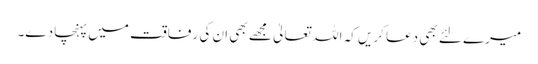
میرے لئے بھی دعا کریں کہ اللہ تعالیٰ مجھے بھی ان کی رفاقت میں پہنچا دے۔